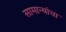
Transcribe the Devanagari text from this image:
सामान्यांचा